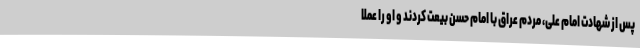
پس از شهادت امام علی، مردم عراق با امام حسن بیعت کردند و او را عملاً